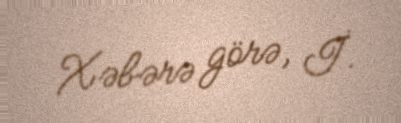
Xəbərə görə, İ.